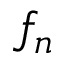
f _ { n }